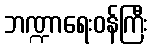
ဘဏ္ဍာရေးဝန်ကြီး